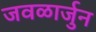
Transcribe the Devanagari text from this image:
जवळार्जुन